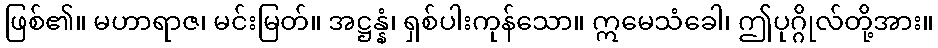
ဖြစ်၏။ မဟာရာဇ၊ မင်းမြတ်။ အဋ္ဌန္နံ၊ ရှစ်ပါးကုန်သော။ ဣမေသံခေါ၊ ဤပုဂ္ဂိုလ်တို့အား။